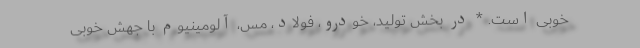
خوبی است. * در بخش تولید، خودرو، فولاد، مس، آلومینیوم با جهش خوبی